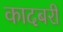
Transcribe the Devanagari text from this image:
कादबरी